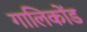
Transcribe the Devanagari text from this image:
गालिकोंड